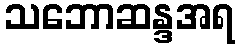
သဘောဆန္ဒအရ